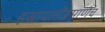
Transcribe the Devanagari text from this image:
इस्रायलींप्रमाणेच